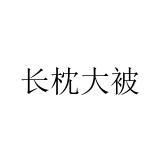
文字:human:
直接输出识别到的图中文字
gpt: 长枕大被